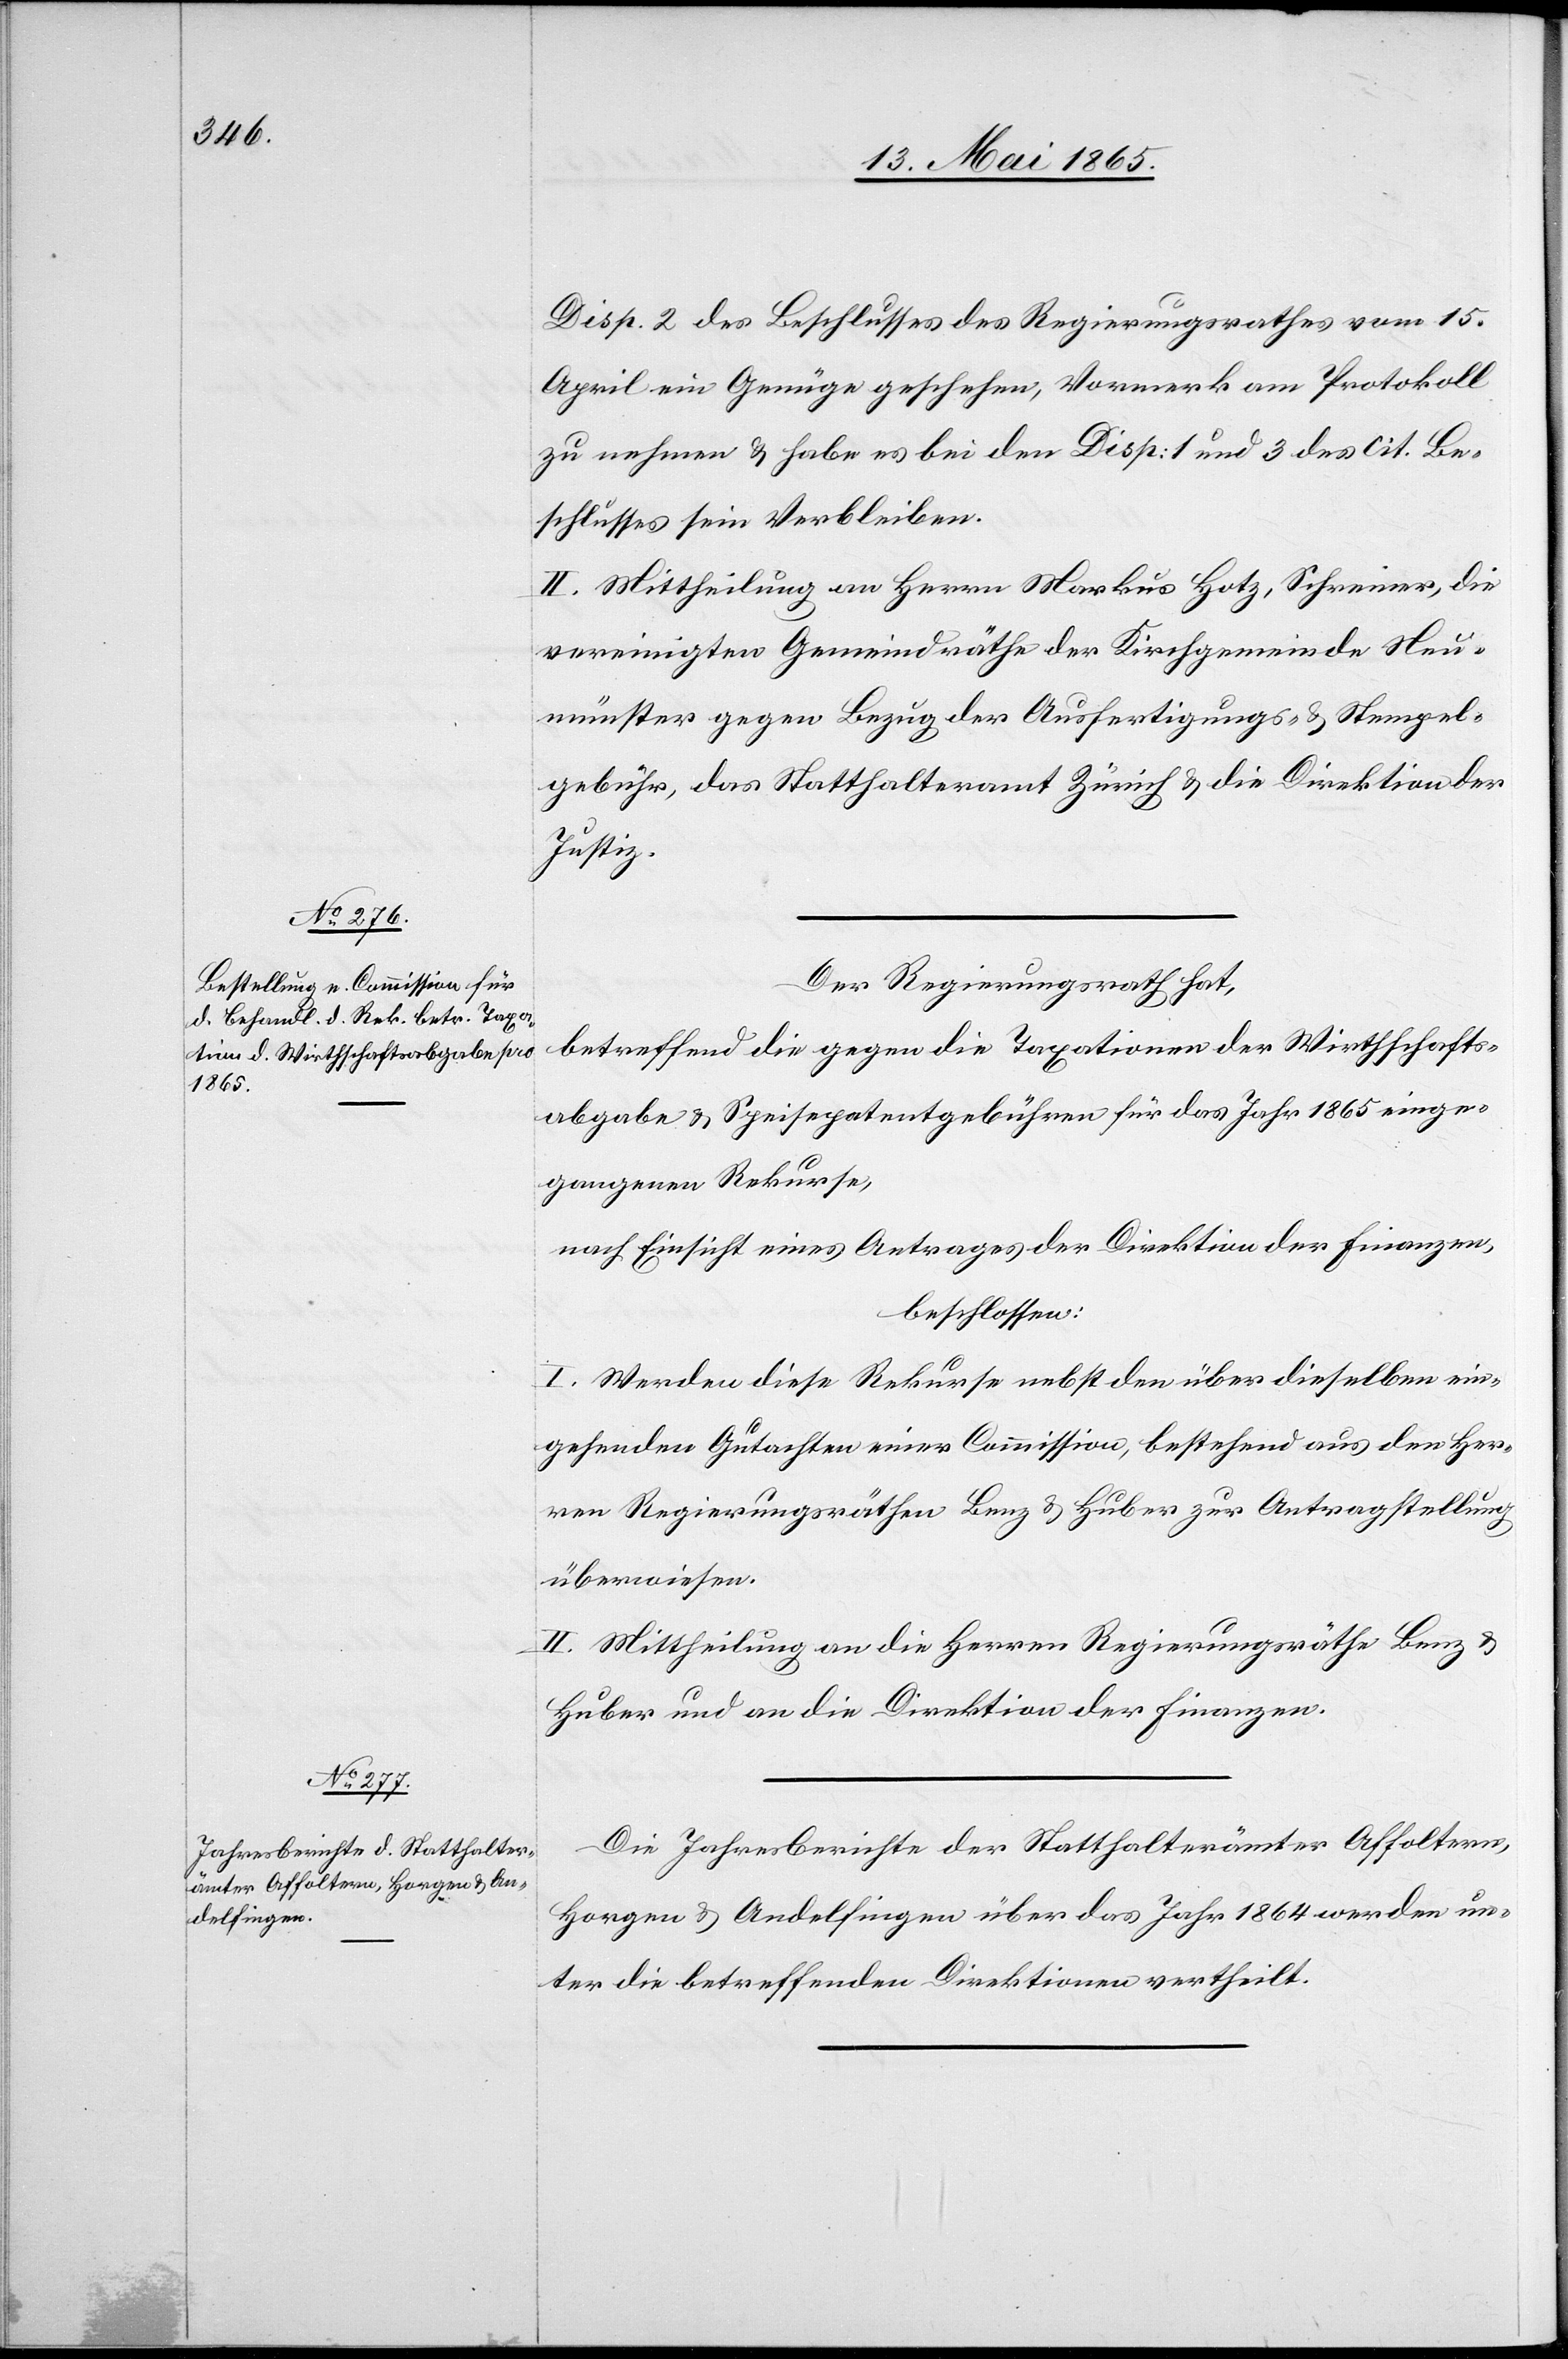
Disp. 2 des Beschlusses des Regierungsrathes vom 15.
April ein Genüge geschehen, Vormerk am Protokoll
zu nehmen & habe es bei den Disp: 1 und 3 des cit. Be¬
schlusses sein Verbleiben.
II. Mittheilung an Herrn Markus Hotz, Schreiner, die
vereinigten Gemeindräthe der Kirchgemeinde Neu¬
münster gegen Bezug der Ausfertigungs- & Stempel¬
gebühr, das Statthalteramt Zürich & die Direktion der
Justiz.
Der Regierungsrath hat,
betreffend die gegen die Taxationen der Wirthschafts¬
abgabe & Speisepatentgebühren für das Jahr 1865 einge¬
gangenen Rekurse,
nach Einsicht eines Antrages der Direktion der Finanzen,
beschlossen:
I. Werden diese Rekurse nebst den über dieselben ein¬
gehenden Gutachten einer Commission, bestehend aus den Her¬
ren Regierungsräthen Benz & Huber zur Antragstellung
überwiesen.
II. Mittheilung an die Herren Regierungsräthe Benz &
Huber und an die Direktion der Finanzen.
Die Jahresberichte der Statthalterämter Affoltern,
Horgen & Andelfingen über das Jahr 1864 werden un¬
ter die betreffenden Direktionen vertheilt.